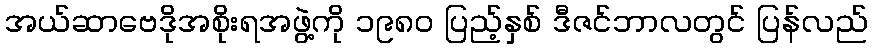
အယ်ဆာဗေဒိုအစိုးရအဖွဲ့ကို ၁၉၈၀ ပြည့်နှစ် ဒီဇင်ဘာလတွင် ပြန်လည်